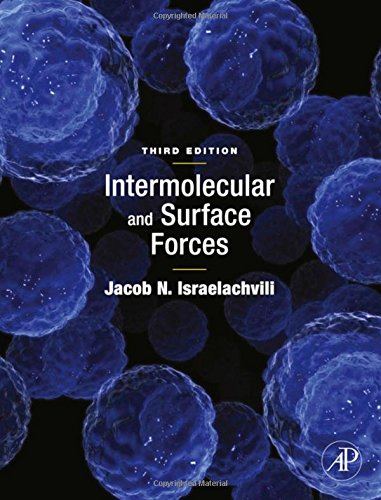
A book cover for Intermolecular and Surface Forces, Third Edition: Revised Third Edition; Jacob N. Israelachvili; Engineering & Transportation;